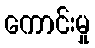
ကောင်းမှု